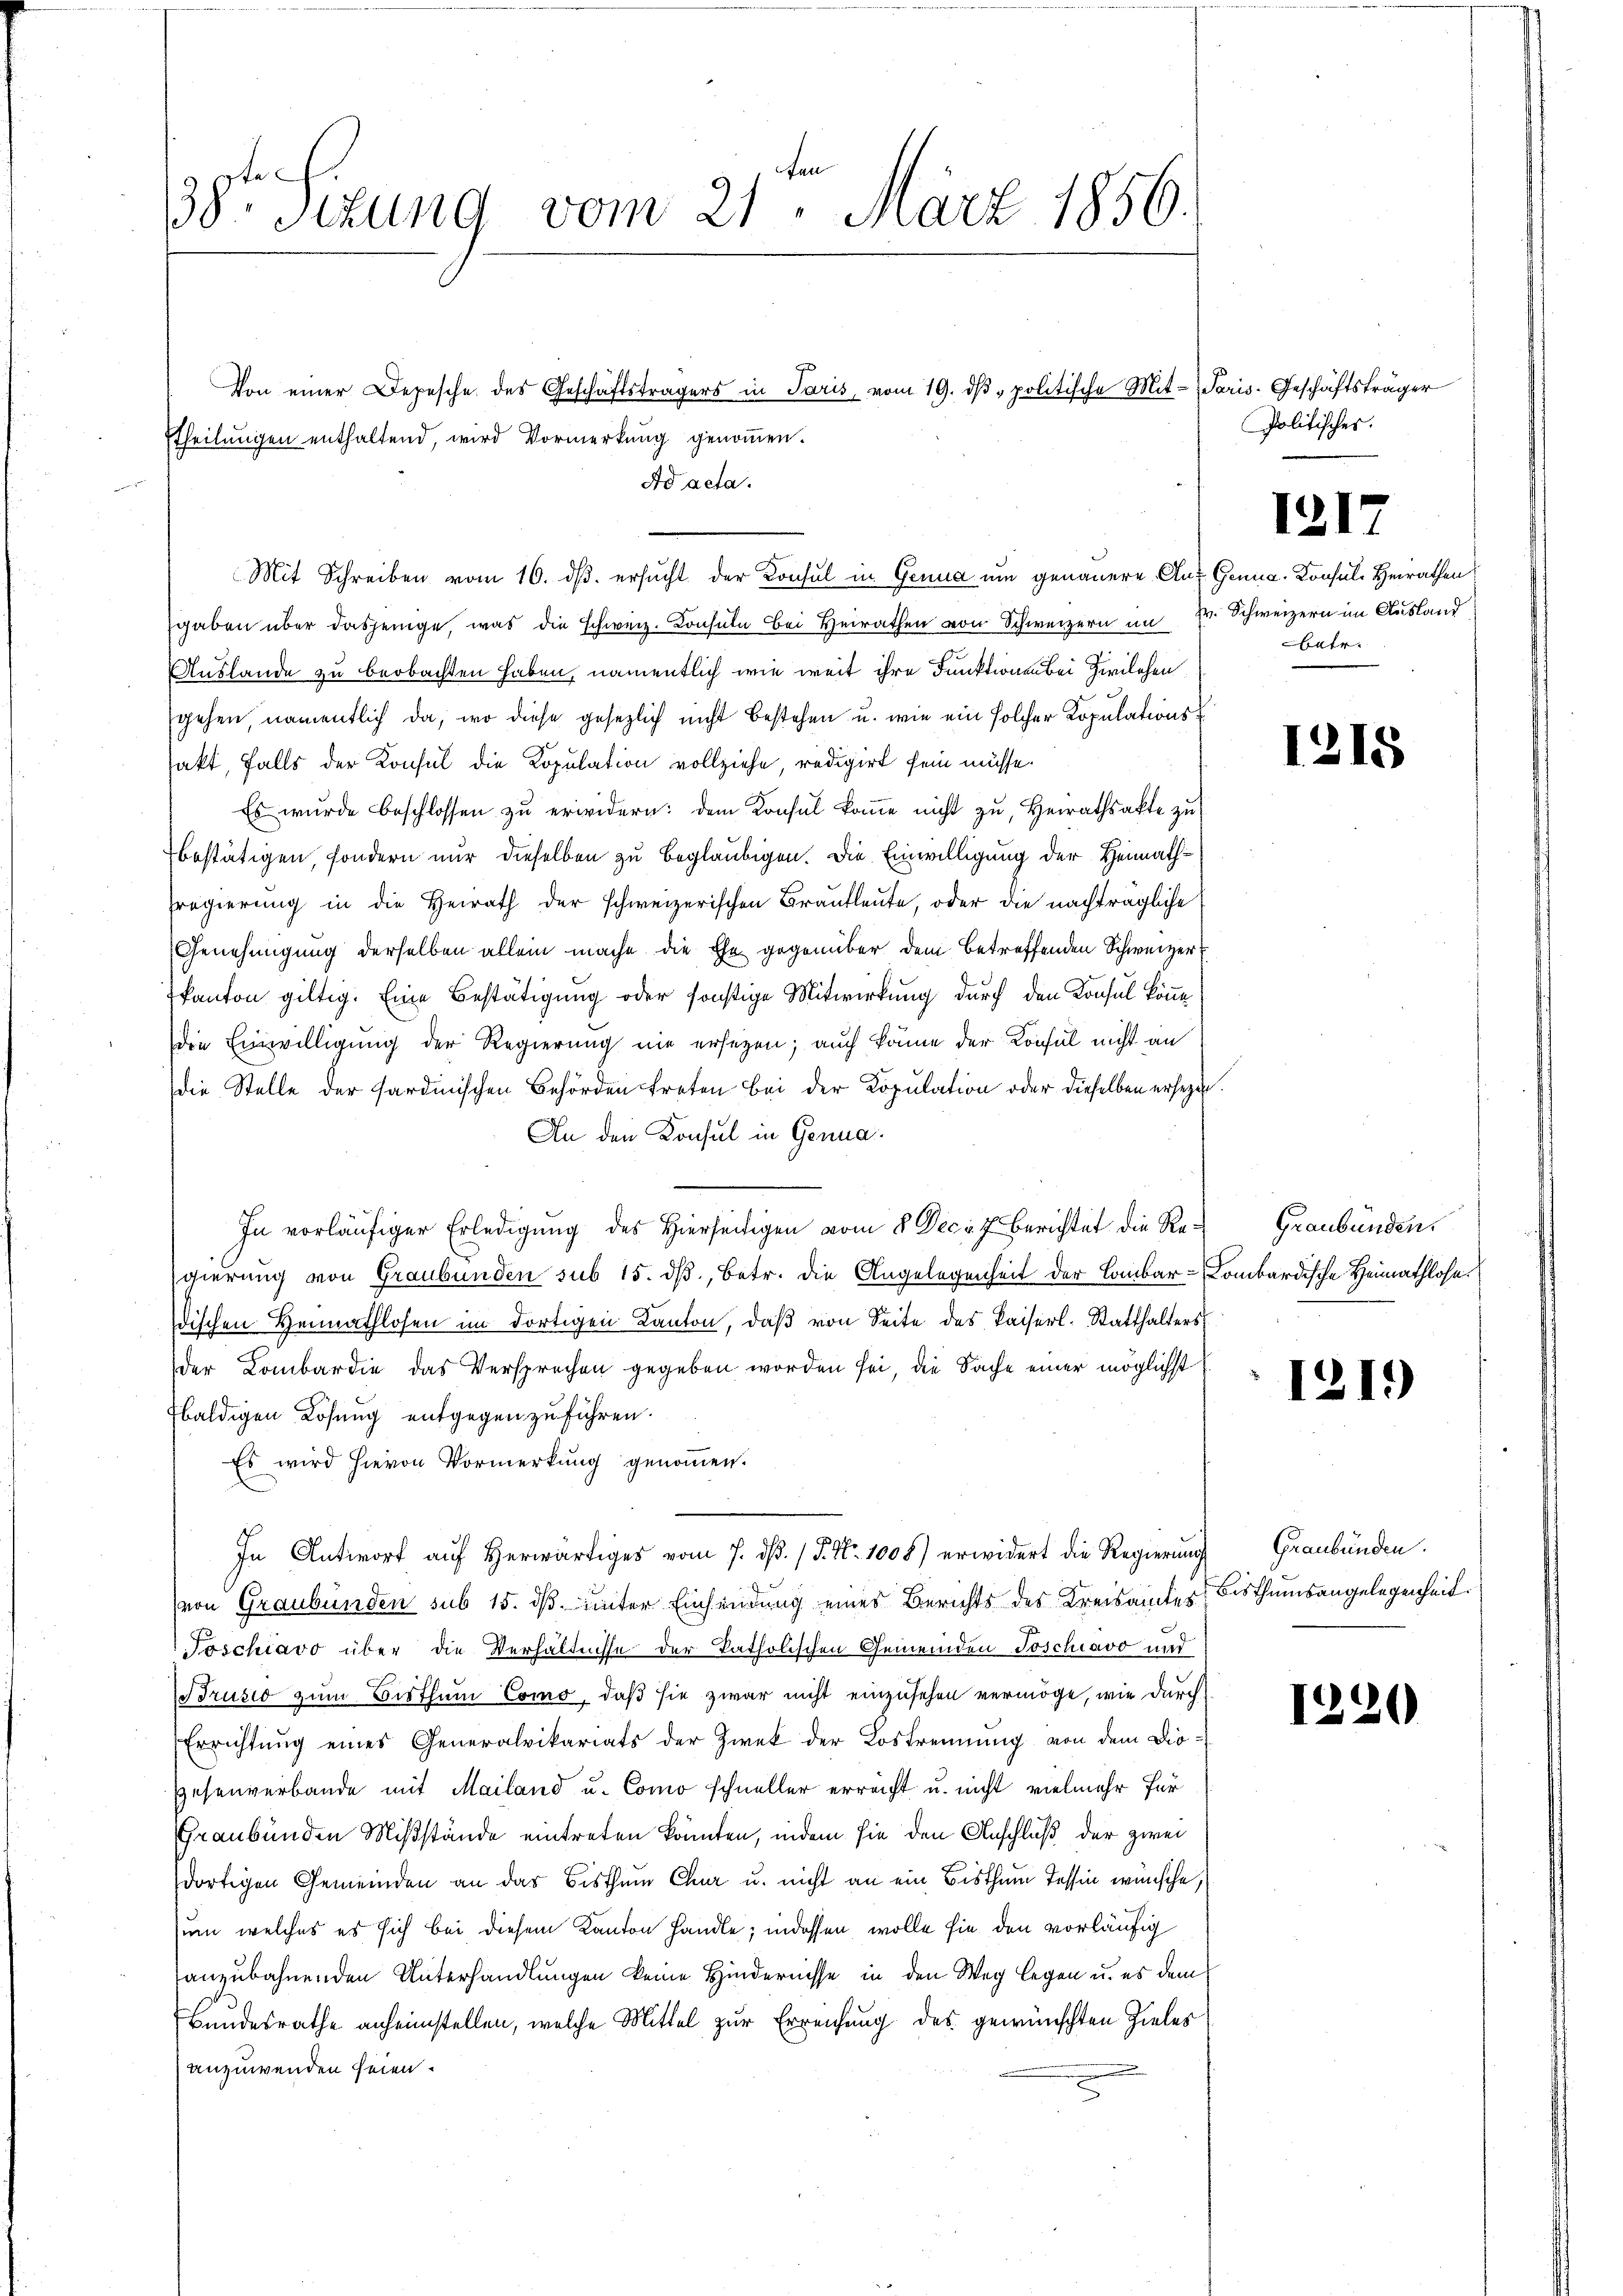
38te Sitzung vom 21. März 1856.

Etheilungen enthaltend, wird Vormerkung genommen.

Von einer Depesche des Geschäftsträgers in Paris vom 19. dβ " politische Mit- Paris. Geschäftsträger

Ad acta.
Mit Schreiben vom 16. dβ. ersucht der Konsul in Genua um genauere Auf Genua-Konsul-Heirathen

Politisches.

gaben über dasjenige, was die schweiz. Konsula bei Heirathen von Schweizern im Dr. Schweizern im Ausland
Auslande zu beobachten haben, namentlich wie weit ihre Funktionen bei Zwilchen
gehen, namentlich da, wo diese gesezlich nicht bestehen u. wie ein solcher Kopulationssakt, falls der Konsul die Kopulation vollziehe, redigirt sein müsse.
Es wŭrde beschlossen zŭ erwidern: dem Konsul koṁe nicht zŭ, Heirathsakte zŭ
bestätigen, sondern nur dieselben zu beglaubigen. Die Einwilligung der Heimathregierung in die Heirath der schweizerischen Brautleute, oder die nachträgliche
Genehmigung derselben allein mache die Ehe gegenüber dem betreffenden Schweizer E
kanton giltig. Eine Bestätigung oder sonstige Mitwirkung durch den Konsul könne
die Einwilligung der Regierung nie ersezen; auch könne der Konsul nicht an
die Stelle der sardinischen Behörden treten bei der Kopulation oder dieselben ersezten.
An den Konsul in Genua¬
In vorläufiger Erledigung des Hierseitigen vom 8. Decr 7 Berichtet die Regierung von Graubünden sub 15. dß, Betr. die Angelegenheit der Lombar-Kombardische Heimathlose
dischen Heimathlosen im dortigen Kanton, daβ von Seite des Kaiserl. Statthalters
der Lombardie das Versprechen gegeben worden sei, die Sache einer möglichst
baldigen Lösung entgegen zuführen.
Es wird hievon Vormerkung genommen.
In Antwort auf herwärtiges vom 7. dβ. / P. Nr. 1008) erwidert die Regierung Graubünden.
(von Graubünden sub 15. dß. unter Einsendung eines Berichts des Kreisamtes Bisthumsangelegenheit
Joschiavo über die Verhältnisse der katholischen Gemeinden Toschiavo und
Brusio zum Bisthum Como, daß sie zwar nicht einzusehen vermöge, wie durch
Errichtung eines Generalvikariats der Zwek der Lostrennung von dem Diogesenverbande mit Mailand u. Como schneller erreicht u. nicht vielmehr für
Graubünden Mißstände eintreten könnten, indem sie den Anschluß der zwei
dortigen Gemeinden an das Bisthum Chur u. nicht an ein Bisthum Tessin wünsche,
um welches es sich bei diesem Kanton handle, indessen, wolle sie den vorläufig
anzubahnenden Unterhandlungen keine Hindernisse in den Weg legen u. es dem
Bundesrathe anheimstellen, welche Mittel zur Erreichung des gewünschten Zieles
anzuwenden seien.

1217

atr.

1215

Graubünden.

1219)

1220